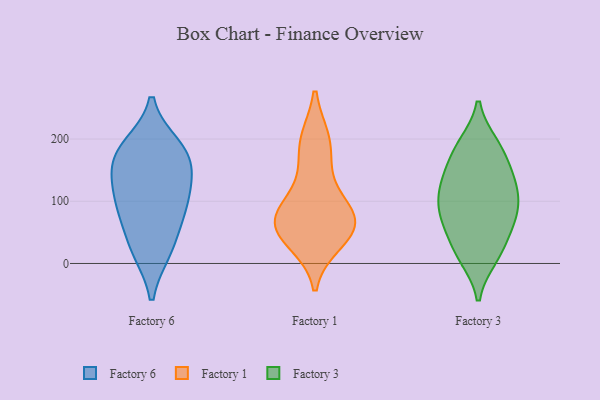
{"axis": {"x": "Energy Usage (MWh)", "y": "Value"}, "legend": ["Factory 1", "Factory 3", "Factory 6"], "data": [{"x": "", "y": 73, "type": "Factory 6"}, {"x": "", "y": 182, "type": "Factory 6"}, {"x": "", "y": 161, "type": "Factory 6"}, {"x": "", "y": 21, "type": "Factory 6"}, {"x": "", "y": 104, "type": "Factory 6"}, {"x": "", "y": 137, "type": "Factory 6"}, {"x": "", "y": 188, "type": "Factory 6"}, {"x": "", "y": 117, "type": "Factory 6"}, {"x": "", "y": 81, "type": "Factory 6"}, {"x": "", "y": 21, "type": "Factory 6"}, {"x": "", "y": 174, "type": "Factory 6"}, {"x": "", "y": 142, "type": "Factory 1"}, {"x": "", "y": 83, "type": "Factory 1"}, {"x": "", "y": 197, "type": "Factory 1"}, {"x": "", "y": 83, "type": "Factory 1"}, {"x": "", "y": 36, "type": "Factory 1"}, {"x": "", "y": 50, "type": "Factory 1"}, {"x": "", "y": 75, "type": "Factory 1"}, {"x": "", "y": 67, "type": "Factory 1"}, {"x": "", "y": 196, "type": "Factory 1"}, {"x": "", "y": 51, "type": "Factory 1"}, {"x": "", "y": 115, "type": "Factory 3"}, {"x": "", "y": 179, "type": "Factory 3"}, {"x": "", "y": 140, "type": "Factory 3"}, {"x": "", "y": 190, "type": "Factory 3"}, {"x": "", "y": 127, "type": "Factory 3"}, {"x": "", "y": 88, "type": "Factory 3"}, {"x": "", "y": 11, "type": "Factory 3"}, {"x": "", "y": 69, "type": "Factory 3"}, {"x": "", "y": 24, "type": "Factory 3"}, {"x": "", "y": 71, "type": "Factory 3"}]}